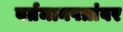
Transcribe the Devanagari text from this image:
वर्तमानपत्रांवर